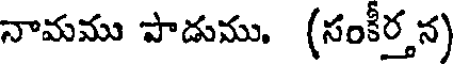
నామము పాడుము. (సంకీర్త న)